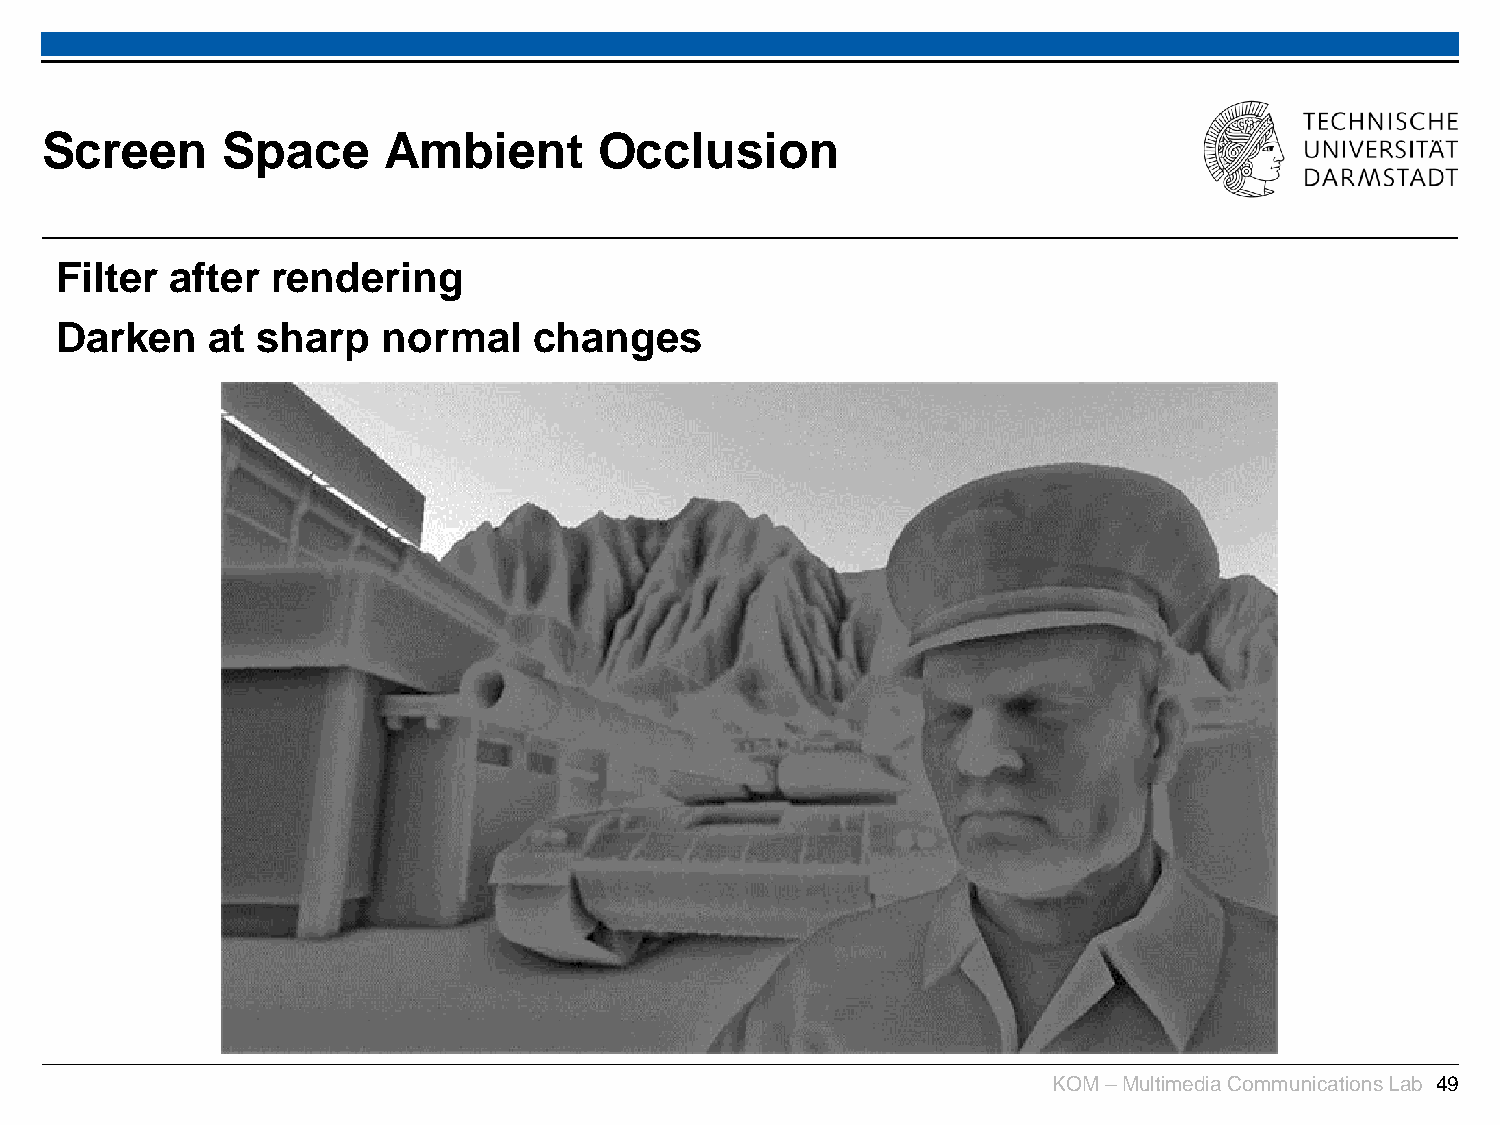
Screen      Space     Ambient        Occlusion
 Filter after  rendering
 Darken    at sharp   normal    changes
 KOM –Multimedia Communications Lab 49